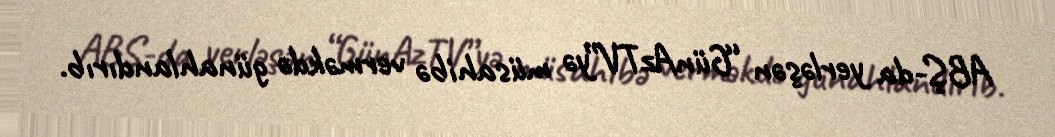
ABŞ-da yerləşən “GünAzTV”yə müsahibə verməkdə günahlandırıb.